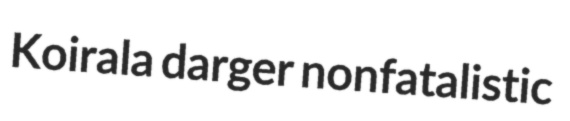
Koirala darger nonfatalistic